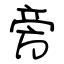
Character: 旁